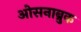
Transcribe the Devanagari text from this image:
ओसनाब्रुक